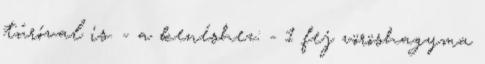
túróval is. - a kenéshez: - 1 fej vöröshagyma